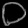
Digit: ၀